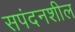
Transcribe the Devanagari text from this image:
सपंदनशील